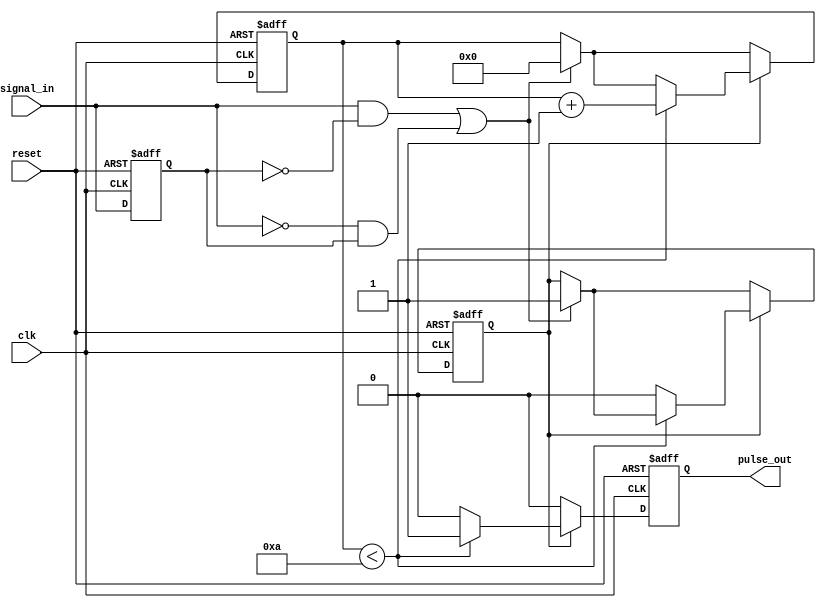
module monostable_edge_detector #(
    parameter PULSE_WIDTH = 10 // Pulse width in clock cycles
)(
    input wire clk,               // System clock
    input wire reset,             // Asynchronous reset
    input wire signal_in,         // Input signal to detect edges
    output reg pulse_out          // Output pulse signal
);

    reg signal_in_prev;           // Previous state of the input signal
    reg [3:0] count;              // Counter to track pulse width
    reg pulse_active;             // Indicates if pulse output is active

    // Edge detection logic
    always @(posedge clk or posedge reset) begin
        if (reset) begin
            signal_in_prev <= 1'b0;
            pulse_out <= 1'b0;
            count <= 0;
            pulse_active <= 1'b0;
        end else begin
            // Check for rising or falling edge
            if ((signal_in && !signal_in_prev) || (!signal_in && signal_in_prev)) begin
                // Start pulse
                pulse_active <= 1'b1;
                count <= 0;
            end
            
            // Update previous state
            signal_in_prev <= signal_in;

            // Manage pulse width
            if (pulse_active) begin
                if (count < PULSE_WIDTH) begin
                    count <= count + 1;
                    pulse_out <= 1'b1; // Keep pulse high
                end else begin
                    pulse_out <= 1'b0; // End pulse
                    pulse_active <= 1'b0; // Reset pulse state
                end
            end else begin
                pulse_out <= 1'b0; // Ensure pulse_out is low if not active
            end
        end
    end

endmodule